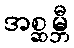
အစ္ဆမ္ဘီ